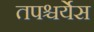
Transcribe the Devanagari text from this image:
तपश्चर्येस